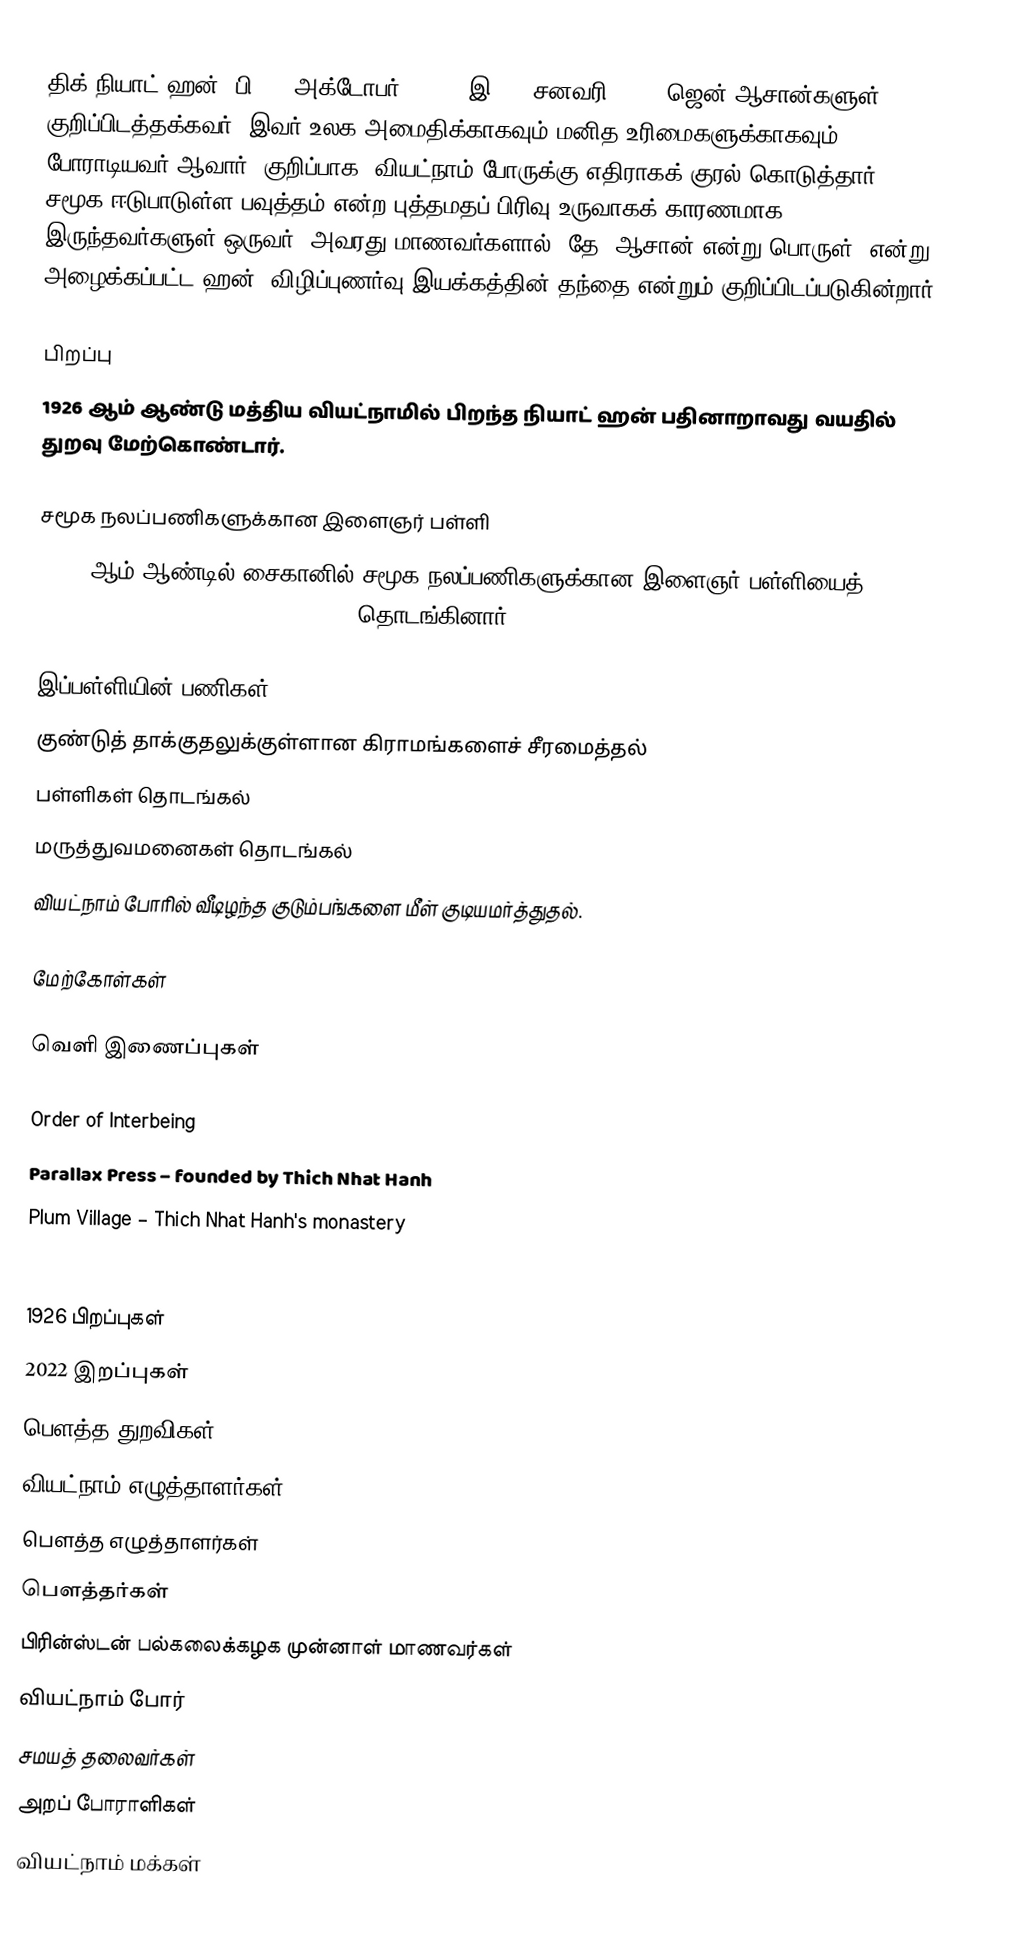
திக் நியாட் ஹன் (பி. 11 அக்டோபர் 1926 - இ. 22 சனவரி 2022) ஜென் ஆசான்களுள் குறிப்பிடத்தக்கவர். இவர் உலக அமைதிக்காகவும் மனித உரிமைகளுக்காகவும் போராடியவர் ஆவார்; குறிப்பாக, வியட்நாம் போருக்கு எதிராகக் குரல் கொடுத்தார். சமூக ஈடுபாடுள்ள பவுத்தம் என்ற புத்தமதப் பிரிவு உருவாகக் காரணமாக இருந்தவர்களுள் ஒருவர். அவரது மாணவர்களால், தே (ஆசான் என்று பொருள்) என்று அழைக்கப்பட்ட ஹன், விழிப்புணர்வு இயக்கத்தின் தந்தை என்றும் குறிப்பிடப்படுகின்றார்.

பிறப்பு
1926 ஆம் ஆண்டு மத்திய வியட்நாமில் பிறந்த நியாட் ஹன் பதினாறாவது வயதில் துறவு மேற்கொண்டார்.

சமூக நலப்பணிகளுக்கான இளைஞர் பள்ளி
1960- ஆம் ஆண்டில் சைகானில் சமூக நலப்பணிகளுக்கான இளைஞர் பள்ளியைத் (School of Youth for Social Services (SYSS)) தொடங்கினார்.

இப்பள்ளியின் பணிகள்
 குண்டுத் தாக்குதலுக்குள்ளான கிராமங்களைச் சீரமைத்தல்
 பள்ளிகள் தொடங்கல்
 மருத்துவமனைகள் தொடங்கல்
 வியட்நாம் போரில் வீடிழந்த குடும்பங்களை மீள் குடியமர்த்துதல்.

மேற்கோள்கள்

வெளி இணைப்புகள்

 Order of Interbeing
 Parallax Press – founded by Thich Nhat Hanh
 Plum Village – Thich Nhat Hanh's monastery
 Sangha Directory – List of communities practicing in Thich Nhat Hanh's tradition

1926 பிறப்புகள்
2022 இறப்புகள்
பௌத்த துறவிகள்
வியட்நாம் எழுத்தாளர்கள்
பௌத்த எழுத்தாளர்கள்
பௌத்தர்கள்
பிரின்ஸ்டன் பல்கலைக்கழக முன்னாள் மாணவர்கள்
வியட்நாம் போர்
சமயத் தலைவர்கள்
அறப் போராளிகள்
வியட்நாம் மக்கள்